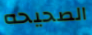
الصحيحه